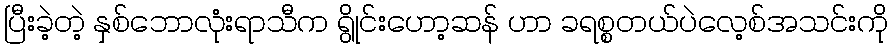
ပြီးခဲ့တဲ့ နှစ်ဘောလုံးရာသီက ရွိုင်းဟော့ဆန် ဟာ ခရစ္စတယ်ပဲလေ့စ်အသင်းကို